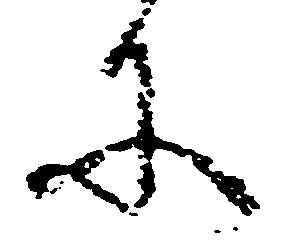
に